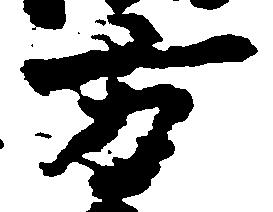
方